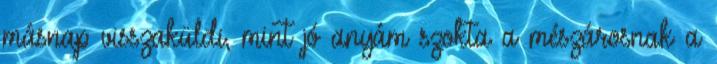
másnap visszaküldi, mint jó anyám szokta a mészárosnak a